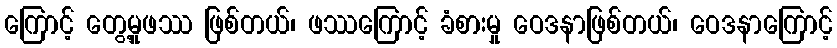
ကြောင့် တွေ့မှုဖဿ ဖြစ်တယ်၊ ဖဿကြောင့် ခံစားမှု ဝေဒနာဖြစ်တယ်၊ ဝေဒနာကြောင့်